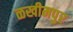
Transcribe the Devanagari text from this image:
ळखीमपुर